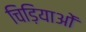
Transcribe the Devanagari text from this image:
चिड़ियाओं